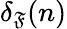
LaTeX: \delta_{\mathfrak{F}}(n)